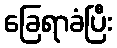
ခြေရာခံပြီး